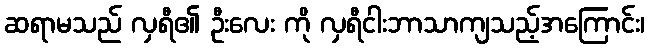
ဆရာမသည် လှရီ၏ ဦးလေး ကို လှရီငါးဘာသာကျသည့်အကြောင်း၊